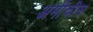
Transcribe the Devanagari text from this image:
अमीचीस